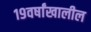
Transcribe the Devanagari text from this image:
१९वर्षांखालील